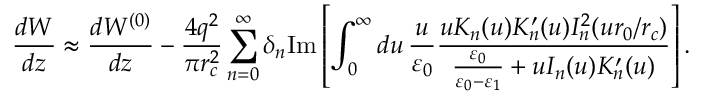
\frac { d W } { d z } \approx \frac { d W ^ { ( 0 ) } } { d z } - \frac { 4 q ^ { 2 } } { \pi r _ { c } ^ { 2 } } \sum _ { n = 0 } ^ { \infty } \delta _ { n } \mathrm { I m } \left[ \int _ { 0 } ^ { \infty } d u \, \frac { u } { \varepsilon _ { 0 } } \frac { u K _ { n } ( u ) K _ { n } ^ { \prime } ( u ) I _ { n } ^ { 2 } ( u r _ { 0 } / r _ { c } ) } { \frac { \varepsilon _ { 0 } } { \varepsilon _ { 0 } - \varepsilon _ { 1 } } + u I _ { n } ( u ) K _ { n } ^ { \prime } ( u ) } \right] .